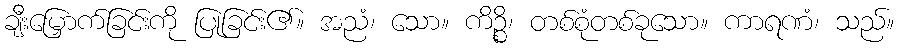
ချီးမြှောက်ခြင်းကို ပြုခြင်း၏။ အညံ၊ သော။ ကိဉ္စိ၊ တစ်စုံတစ်ခုသော။ ကာရဏံ၊ သည်။